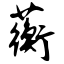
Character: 蘅